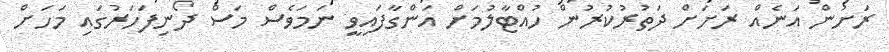
ރަށުން އަނެއް ރަށަށް ދަތުރުކުރުން ހުއްޓާލުމަށް އަންގާފައިވީ ނަމަވެސް މަސް ދޯނިފަހަރުގައި މަހަށް